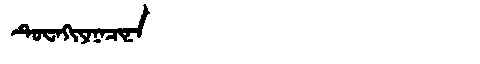
Manchu: ᡨᡠᠸᠠᡴᡳᠶᠠᠨᠠᠴᡳᠨᠠ
Romanization: TUWAKIYANACINA